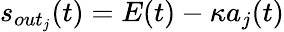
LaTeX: s_{out_{j}}(t)=E(t)-\kappa a_{j}(t)